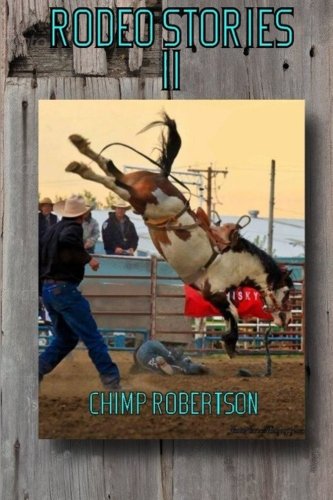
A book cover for Rodeo Stories II; Chimp Robertson; Sports & Outdoors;